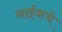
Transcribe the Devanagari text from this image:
नाईकचे